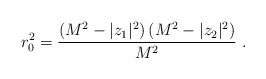
\begin{align*}r_{0}^2 =\frac{(M^2 -|z_1|^2)\,(M^2 - |z_2|^2)}{M^2} \ .\end{align*}